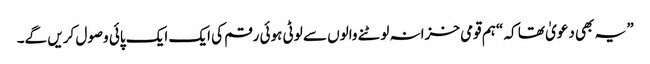
” یہ بھی دعویٰ تھا کہ “ہم قومی خزانہ لوٹنے والوں سے لوٹی ہوئی رقم کی ایک ایک پائی وصول کریں گے۔